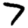
Digit: 7